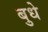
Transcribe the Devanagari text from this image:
बुधे